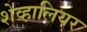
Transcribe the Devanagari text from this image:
शेव्हालियर